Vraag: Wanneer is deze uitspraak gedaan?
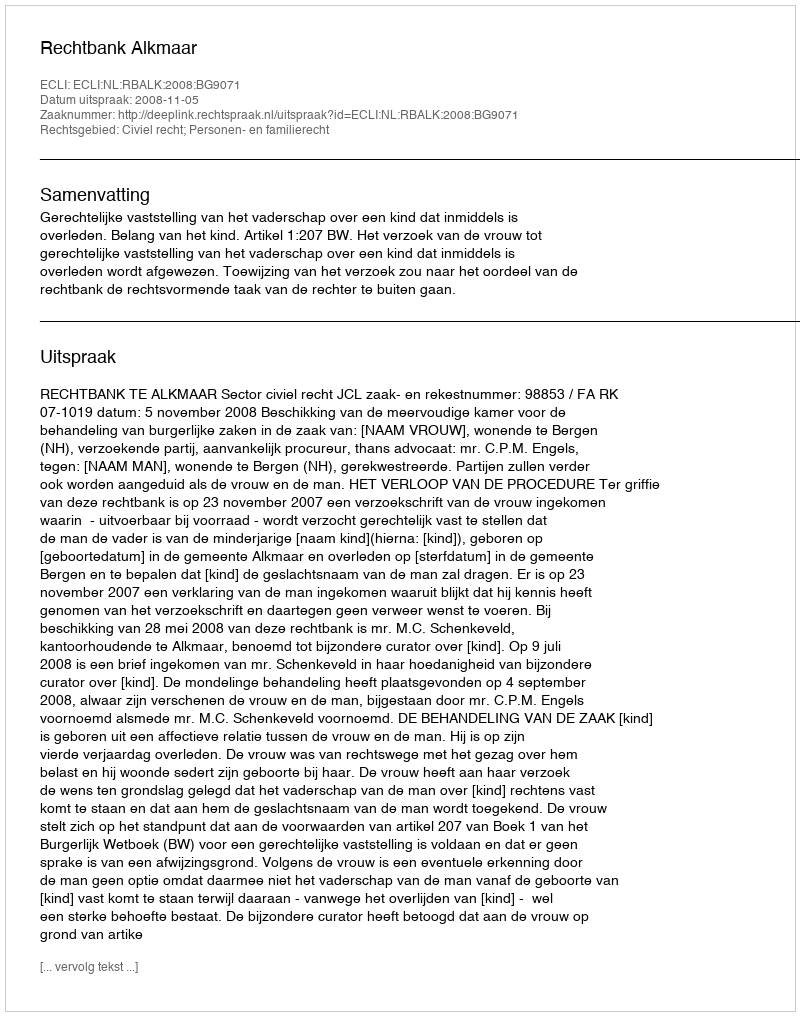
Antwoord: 2008-11-05